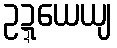
ဥဍ္ဍယေယျ